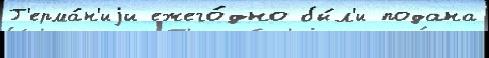
Г'ерма́н'иjи ежего́дно бы́л'и подана